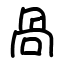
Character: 咼